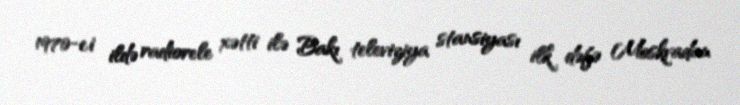
1970-ci ildə radiorele xətti ilə Bakı televiziya stansiyası ilk dəfə Moskvadan